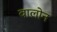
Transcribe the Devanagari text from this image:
वालोन